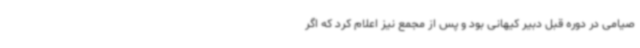
صیامی در دوره قبل دبیر کیهانی بود و پس از مجمع نیز اعلام کرد که اگر